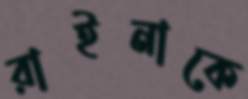
রাইনাকে